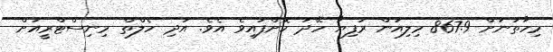
މިހާތަނަށް 867.9 މިލިއަން ރުފިޔާ ހޭދަ ކޮށްފައިވެ އެވެ. އަދި ހެލްތް މިނިސްޓްރީއަށް